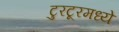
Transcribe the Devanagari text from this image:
टुरटूरमध्ये